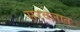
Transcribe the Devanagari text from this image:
सरवेलात